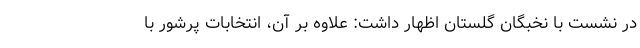
در نشست با نخبگان گلستان اظهار داشت: علاوه بر آن، انتخابات پرشور با